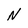
Character: N